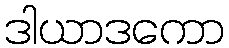
ဒါယာဒကော